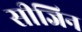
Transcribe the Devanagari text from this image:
सीजिन